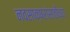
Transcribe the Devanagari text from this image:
नवसाक्षरांसाठीच्या